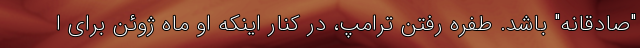
"صادقانه" باشد. طفره رفتن ترامپ، در کنار اینکه او ماه ژوئن برای ا